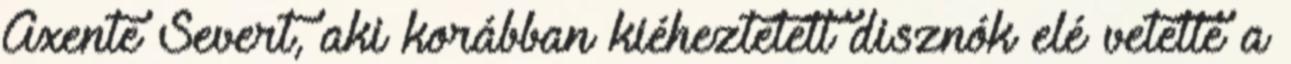
Axente Severt, aki korábban kiéheztetett disznók elé vetette a